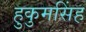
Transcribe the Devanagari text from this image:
हुकुमसिंह